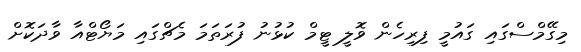
މިގޭމްސްގައި ގައުމީ ފިރިހެން ވޮލީ ޓީމް ކުޅުނު ފުރަތަމަ މެޗްގައި މަޔޯޓްއާ ވާދަކޮށް